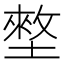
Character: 𡑃